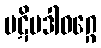
ပဋိပဒါဝဂ္ဂေ